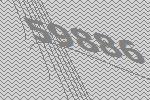
59886